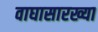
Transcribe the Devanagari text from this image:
वाघासारख्या